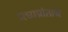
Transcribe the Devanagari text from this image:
मध्यप्रांताचे